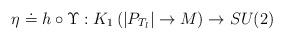
LaTeX: \begin{align*}\eta \doteq h\circ \Upsilon :K_{1}\left( |P_{T_{l}}|\rightarrow {M}\right)\rightarrow SU(2)\end{align*}